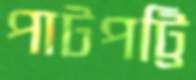
পাটপট্টি